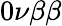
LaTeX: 0\nu\beta\beta